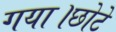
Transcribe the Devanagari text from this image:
गया।छोटे